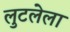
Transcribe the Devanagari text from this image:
लुटलेला